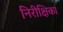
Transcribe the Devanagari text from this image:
निरीक्षिका